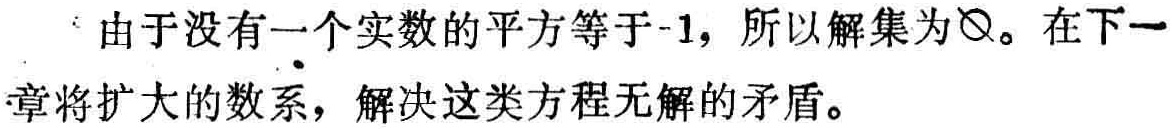
由于没有一个实数的平方等于-1，所以解集为\(\varnothing\)。在下一章将扩大的数系，解决这类方程无解的矛盾。